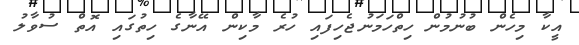
އީކާ މިހެން ބުނުމުން ހިތްހަމަނުޖެހިފައި ހުރެ މާކިން އޭނާގެ ހިތުގައި އޮތް ސުވާލު